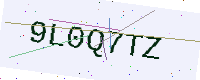
Text: 9L0Q7TZ